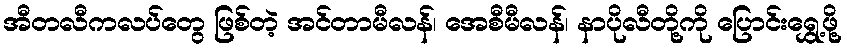
အီတလီကလပ်တွေ ဖြစ်တဲ့ အင်တာမီလန်၊ အေစီမီလန်၊ နာပိုလီတို့ကို ပြောင်းရွှေ့ဖို့